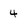
Character: 4